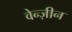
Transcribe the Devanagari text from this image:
वेन्ज़ीन